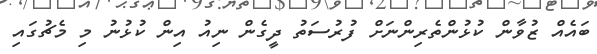
ބައެއް ޒުވާން ކުޅުންތެރިންނަށް ފުރުސަތު ދީގެން ނިއު އިން ކުޅުނު މި މެޗުގައި